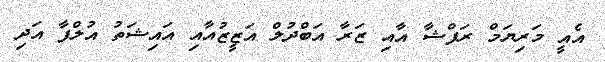
އެއީ މަރިޔަމް ރަފްޝާ އާއި ޒަރާ އަބްދުލް އަަޒީޒުއާއި އައިޝަތު އުލްފާ އަދި